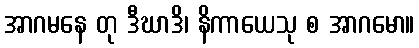
အာဂမနေ တု ဒီဃာဒိ၊ နိကာယေသု စ အာဂမော။